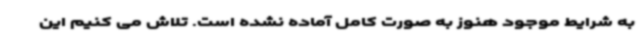
به شرایط موجود هنوز به صورت کامل آماده نشده است. تلاش می کنیم این